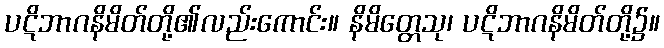
ပဋိဘာဂနိမိတ်တို့၏လည်းကောင်း။ နိမိတ္တေသု၊ ပဋိဘာဂနိမိတ်တို့၌။